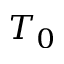
T _ { 0 }